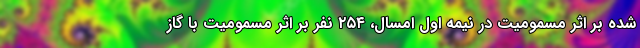
شده بر اثر مسمومیت در نیمه اول امسال، ۲۵۴ نفر بر اثر مسمومیت با گاز